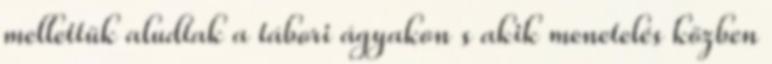
mellettük aludtak a tábori ágyakon s akik menetelés közben